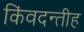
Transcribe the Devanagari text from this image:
किंवदन्तीह